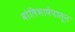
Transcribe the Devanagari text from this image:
बोलिभाषेपासून